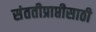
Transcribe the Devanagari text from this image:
संततीप्राप्तीसाठी